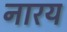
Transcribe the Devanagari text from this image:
नारय